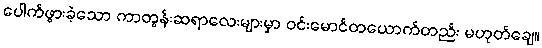
ပေါက်ဖွားခဲ့သော ကာတွန်းဆရာလေးများမှာ ဝင်းမောင်တယောက်တည်း မဟုတ်ချေ။